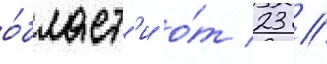
о́бласт'и о́т 23 //